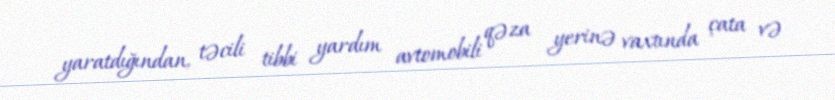
yaratdığından, təcili tibbi yardım avtomobili qəza yerinə vaxtında çata və